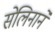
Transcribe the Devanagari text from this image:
सेलिनाने